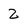
Character: 2